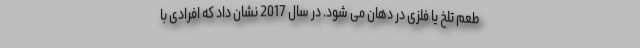
طعم تلخ یا فلزی در دهان می شود. در سال 2017 نشان داد که افرادی با